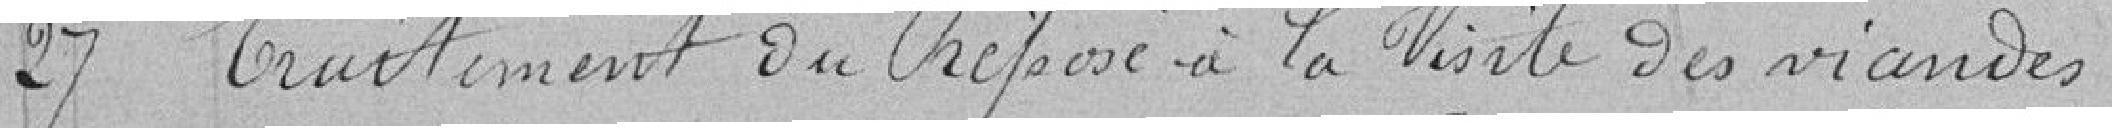
27 Traitement du préposé à la visite des viandes